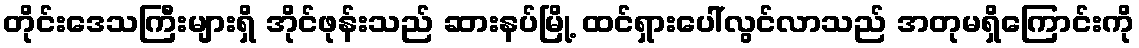
တိုင်းဒေသကြီးများရှိ အိုင်ဖုန်းသည် ဆားနပ်မြို့ ထင်ရှားပေါ်လွင်လာသည် အတုမရှိကြောင်းကို